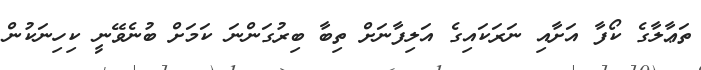
ތަޢާލާގެ ކޯފާ އަށާއި ނަރަކައިގެ އަލިފާނަށް ތިބާ ބިރުގަންނަ ކަމަށް ބުނެވޭނީ ކިހިނަކުން